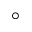
^ \circ